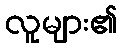
လူများ၏